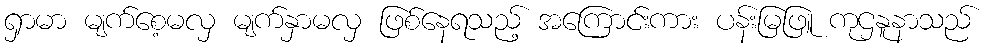
ရှာမာ မျက်စေ့မလှ မျက်နှာမလှ ဖြစ်နေရသည့် အကြောင်းကား ပန်းမြဖြူ ကုဌနူနာသည်